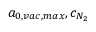
a _ { 0 , v a c , m a x } , c _ { N _ { 2 } }